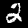
Digit: 2